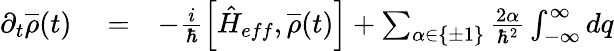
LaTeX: \begin{array}{rlr}{\partial_{t}\overline{{\rho}}(t)}&{{}=}&{-\frac{i}{\hbar}\left[\hat{H}_{eff},\overline{{\rho}}(t)\right]+\sum_{\alpha\in\{ \pm 1\} }\frac{2\alpha}{\hbar^{2}}\int_{-\infty}^{\infty}dq}\end{array}